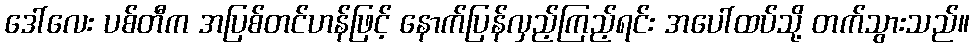
ဒေါ်လေး ပစ်တီက အပြစ်တင်ဟန်ဖြင့် နောက်ပြန်လှည့်ကြည့်ရင်း အပေါ်ထပ်သို့ တက်သွားသည်။